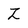
Character: z